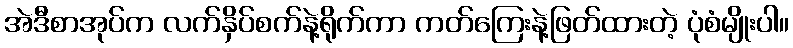
အဲဒီစာအုပ်က လက်နှိပ်စက်နဲ့ရိုက်ကာ ကတ်ကြေးနဲ့ဖြတ်ထားတဲ့ ပုံစံမျိုးပါ။